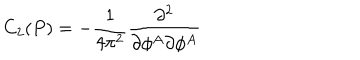
LaTeX: C _ { 2 } ( P ) = - \frac 1 { 4 \pi ^ { 2 } } \frac { \partial ^ { 2 } } { \partial \phi ^ { A } \partial \phi ^ { A } }